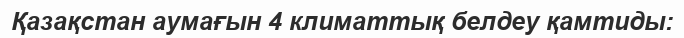
Қазақстан аумағын 4 климаттық белдеу қамтиды: